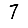
Digit: 7